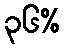
၃၆%